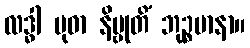
လဒ္ဓါ မုဓာ နိဗ္ဗုတိံ ဘုဉ္စမာနာ။